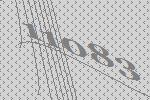
11083